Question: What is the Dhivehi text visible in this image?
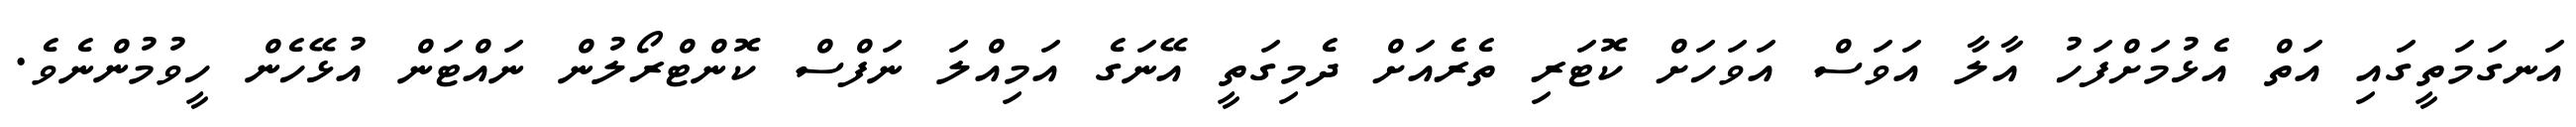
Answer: އަނގަމަތީގައި އަތް އެޅުމަށްފަހު އާލާ އަވަސް އަވަހަށް ކޮޓަރި ތެރެއަށް ދެމިގަތީ އޭނަގެ އަމިއްލަ ނަފްސް ކޮންޓްރޯލުން ނައްޓަން އުޅޭހެން ހީވުމުންނެވެ.